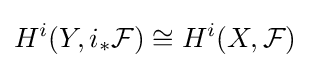
H^{i}(Y,i_{*}{\mathcal {F}})\cong H^{i}(X,{\mathcal {F}})